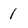
Character: 1